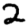
Digit: 2